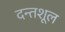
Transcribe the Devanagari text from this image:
दन्तशूल